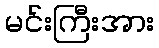
မင်းကြီးအား